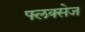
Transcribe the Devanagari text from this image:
फ्लक्‍सेज